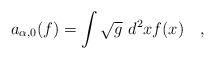
\begin{align*}a_{\alpha,0}(f)=\int \sqrt{g}~d^2xf(x)~~~,\end{align*}